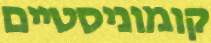
קומוניסטיים